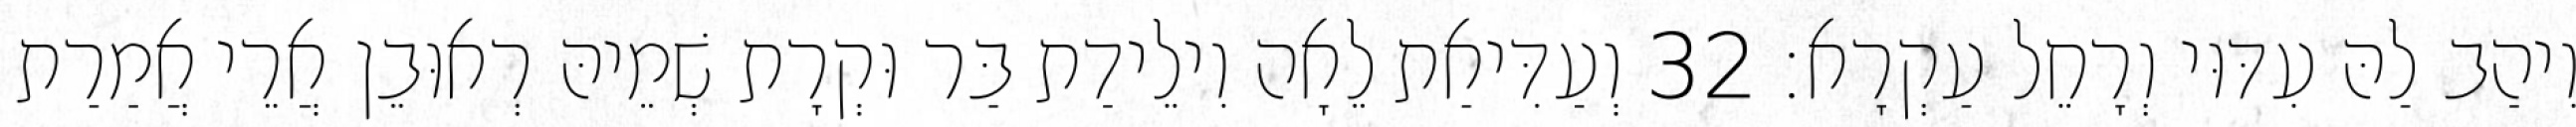
וִיהַב לַהּ עִדּוּי וְרָחֵל עַקְרָא׃ 32 וְעַדִּיאַת לֵאָה וִילֵידַת בַּר וּקְרָת שְׁמֵיהּ רְאוּבֵן אֲרֵי אֲמַרַת